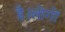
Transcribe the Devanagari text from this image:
है।लोगों